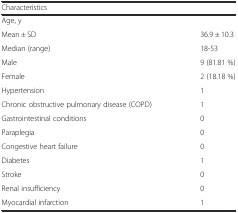
| Characteristics |  |
 | --- | --- |
 | Age, y |  |
 | Mean ± SD | 36.9 ± 10.3 |
 | Median (range) | 18-53 |
 | Male | 9 (81.81 %) |
 | Female | 2 (18.18 %) |
 | Hypertension | 1 |
 | Chronic obstructive pulmonary disease (COPD) | 1 |
 | Gastrointestinal conditions | 0 |
 | Paraplegia | 0 |
 | Congestive heart failure | 0 |
 | Diabetes | 1 |
 | Stroke | 0 |
 | Renal insufficiency | 0 |
 | Myocardial infarction | 1 |